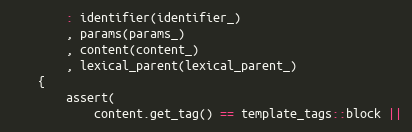
Language: C++
        : identifier(identifier_)
        , params(params_)
        , content(content_)
        , lexical_parent(lexical_parent_)
    {
        assert(
            content.get_tag() == template_tags::block ||